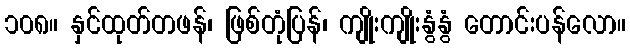
၁၀၈။ နှင်ထုတ်တဖန်၊ ဖြစ်တုံပြန်၊ ကျိုးကျိုးနွံနွံ တောင်းပန်လော။